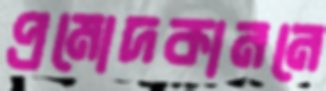
প্রমোদকাননে